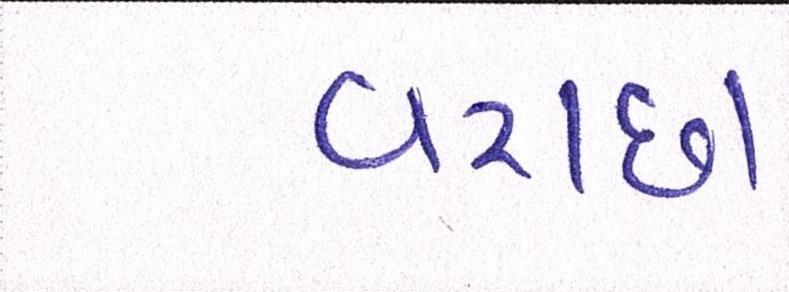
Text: વરાછા